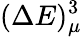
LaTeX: (\Delta E)_{\mu}^{3}